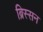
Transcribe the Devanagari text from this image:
ब्रिस्सन